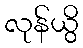
လုန်ယွိ